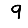
Digit: 9